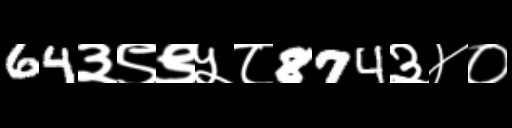
Text: 64३९९५८874३४०